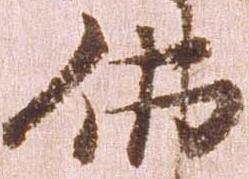
仏